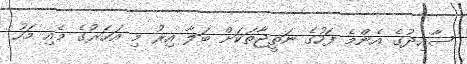
ސާއިދުގެ އެންމެ ފަހުގެ ނަތީޖާތަކަށް ބަލާ އިރު މި އަހަރުގެ މެއި މަހު